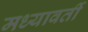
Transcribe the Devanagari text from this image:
मध्यावर्ती